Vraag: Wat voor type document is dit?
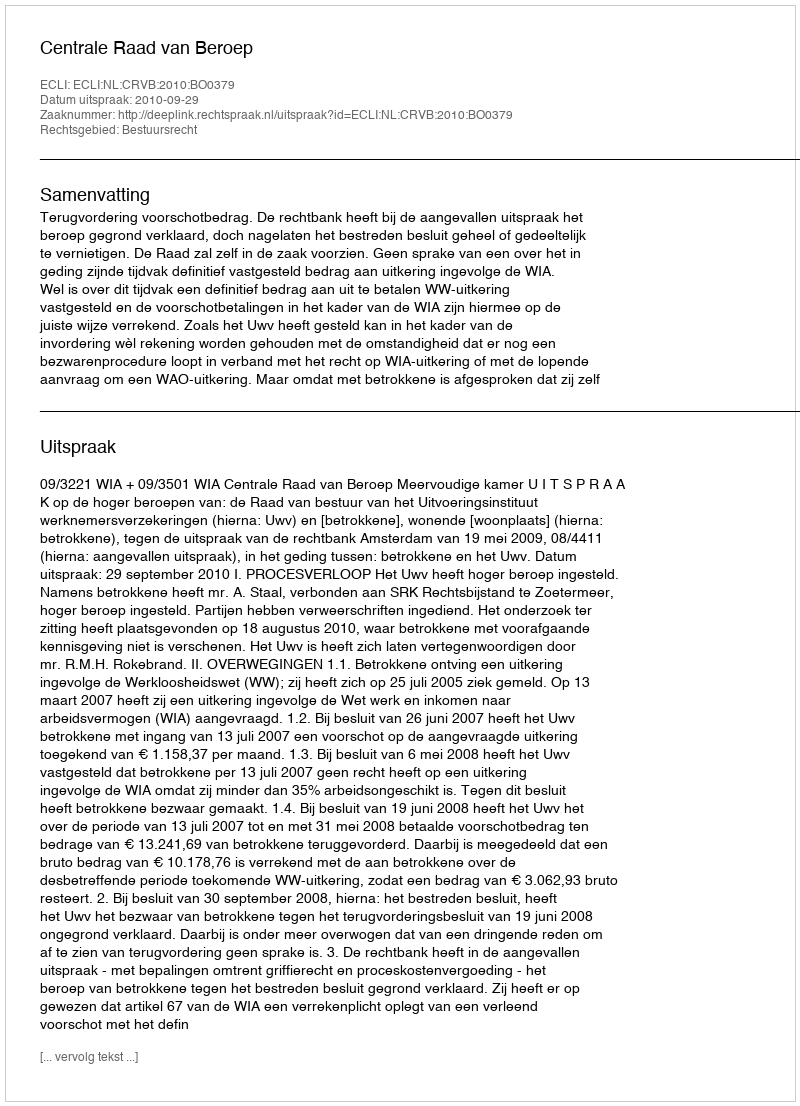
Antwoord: Uitspraak